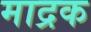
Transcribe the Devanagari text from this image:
माद्रक